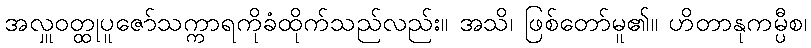
အလှူဝတ္ထုပူဇော်သက္ကာရကိုခံထိုက်သည်လည်း။ အသိ၊ ဖြစ်တော်မူ၏။ ဟိတာနုကမ္ပီစ၊